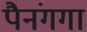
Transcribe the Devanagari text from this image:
पैनंगगा